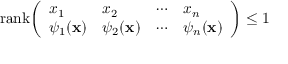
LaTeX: { \mathrm { r a n k } } { \left( \begin{array} { l l l l } { x _ { 1 } } & { x _ { 2 } } & { \cdots } & { x _ { n } } \\ { \psi _ { 1 } ( \mathbf { x } ) } & { \psi _ { 2 } ( \mathbf { x } ) } & { \cdots } & { \psi _ { n } ( \mathbf { x } ) } \end{array} \right) } \leq 1